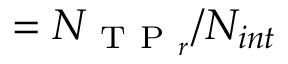
= N _ { \mathrm { ~ T ~ P ~ } _ { r } } / N _ { i n t }